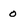
Character: 0